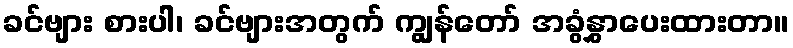
ခင်ဗျား စားပါ၊ ခင်ဗျားအတွက် ကျွန်တော် အခွံနွှာပေးထားတာ။